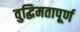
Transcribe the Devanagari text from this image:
वुद्धिमतापूर्ण